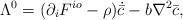
LaTeX: \begin{align*}\Lambda^{0}=(\partial_i F^{io}-\rho)\dot{{\bar c}}-b\nabla^2 {\bar c},\end{align*}